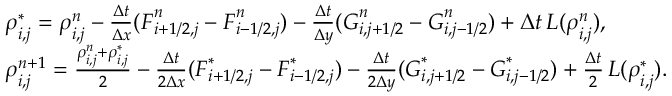
\begin{array} { r l } & { \boldsymbol { \rho } _ { i , j } ^ { * } = \boldsymbol { \rho } _ { i , j } ^ { n } - \frac { \Delta t } { \Delta x } ( \boldsymbol { F } _ { i + 1 / 2 , j } ^ { n } - \boldsymbol { F } _ { i - 1 / 2 , j } ^ { n } ) - \frac { \Delta t } { \Delta y } ( \boldsymbol { G } _ { i , j + 1 / 2 } ^ { n } - \boldsymbol { G } _ { i , j - 1 / 2 } ^ { n } ) + \Delta t \, \boldsymbol { L } ( \boldsymbol { \rho } _ { i , j } ^ { n } ) , } \\ & { \boldsymbol { \rho } _ { i , j } ^ { n + 1 } = \frac { \boldsymbol { \rho } _ { i , j } ^ { n } + \boldsymbol { \rho } _ { i , j } ^ { * } } { 2 } - \frac { \Delta t } { 2 \Delta x } ( \boldsymbol { F } _ { i + 1 / 2 , j } ^ { * } - \boldsymbol { F } _ { i - 1 / 2 , j } ^ { * } ) - \frac { \Delta t } { 2 \Delta y } ( \boldsymbol { G } _ { i , j + 1 / 2 } ^ { * } - \boldsymbol { G } _ { i , j - 1 / 2 } ^ { * } ) + \frac { \Delta t } { 2 } \, \boldsymbol { L } ( \boldsymbol { \rho } _ { i , j } ^ { * } ) . } \end{array}